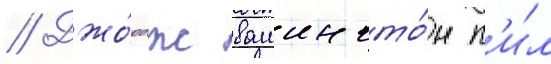
// Джо́рдж вашингто́н п'и́л